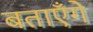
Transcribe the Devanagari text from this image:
बताएँगे